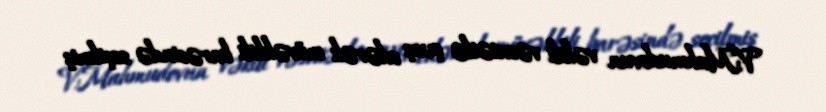
V.Mahmudovun vəkili vəsatətlə çıxış edərək müvəkkili barəsində seçilmiş